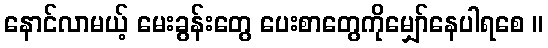
နောင်လာမယ့် မေးခွန်းတွေ ပေးစာတွေကိုမျှော်နေပါရစေ ။